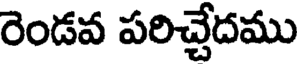
రెండవ పరిచ్చేదము